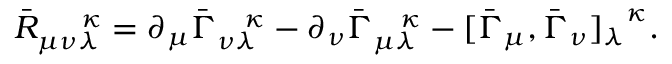
{ { \bar { R } } _ { \mu \nu \lambda } } ^ { \; \; \; \; \; \; \kappa } = \partial _ { \mu } { \bar { \Gamma } } _ { \nu \lambda } ^ { \; \; \; \; \kappa } - \partial _ { \nu } { \bar { \Gamma } } _ { \mu \lambda } ^ { \; \; \; \; \kappa } - [ \bar { \Gamma } _ { \mu } , \bar { \Gamma } _ { \nu } { ] _ { \lambda } } ^ { \kappa } .